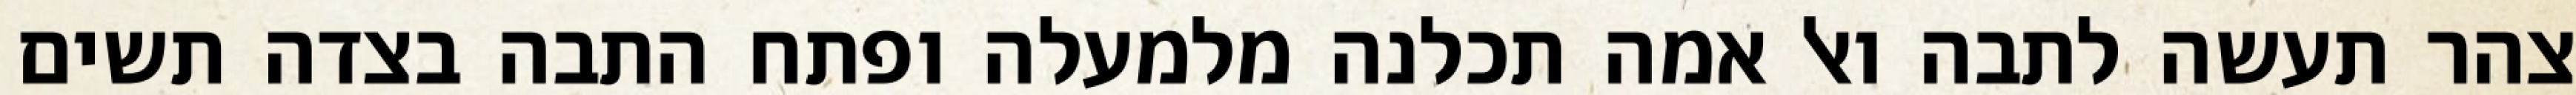
צהר תעשה לתבה ואל אמה תכלנה מלמעלה ופתח התבה בצדה תשים